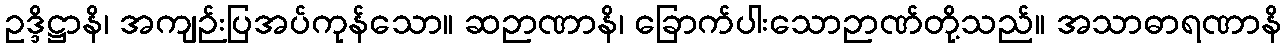
ဥဒ္ဒိဋ္ဌာနိ၊ အကျဉ်းပြအပ်ကုန်သော။ ဆဉာဏာနိ၊ ခြောက်ပါးသောဉာဏ်တို့သည်။ အသာဓာရဏာနိ